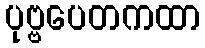
ပုဗ္ဗပေတကထာ